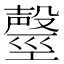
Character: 𣫒